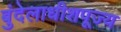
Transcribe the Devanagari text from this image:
बुंदेलाधीशपूज्य